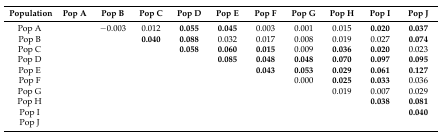
<table><thead><tr><td><b>Population</b></td><td><b>Pop A</b></td><td><b>Pop B</b></td><td><b>Pop C</b></td><td><b>Pop D</b></td><td><b>Pop E</b></td><td><b>Pop F</b></td><td><b>Pop G</b></td><td><b>Pop H</b></td><td><b>Pop I</b></td><td><b>Pop J</b></td></tr></thead><tbody><tr><td>Pop A</td><td></td><td>−0.003</td><td>0.012</td><td><b>0.055</b></td><td><b>0.045</b></td><td>0.003</td><td>0.001</td><td>0.015</td><td><b>0.020</b></td><td><b>0.037</b></td></tr><tr><td>Pop B</td><td></td><td></td><td><b>0.040</b></td><td><b>0.088</b></td><td>0.032</td><td>0.017</td><td>0.008</td><td>0.019</td><td>0.027</td><td><b>0.074</b></td></tr><tr><td>Pop C</td><td></td><td></td><td></td><td><b>0.058</b></td><td><b>0.060</b></td><td><b>0.015</b></td><td>0.009</td><td><b>0.036</b></td><td><b>0.020</b></td><td>0.023</td></tr><tr><td>Pop D</td><td></td><td></td><td></td><td></td><td><b>0.085</b></td><td><b>0.048</b></td><td><b>0.048</b></td><td><b>0.070</b></td><td><b>0.097</b></td><td><b>0.095</b></td></tr><tr><td>Pop E</td><td></td><td></td><td></td><td></td><td></td><td><b>0.043</b></td><td><b>0.053</b></td><td><b>0.029</b></td><td><b>0.061</b></td><td><b>0.127</b></td></tr><tr><td>Pop F</td><td></td><td></td><td></td><td></td><td></td><td></td><td>0.000</td><td><b>0.025</b></td><td><b>0.033</b></td><td>0.036</td></tr><tr><td>Pop G</td><td></td><td></td><td></td><td></td><td></td><td></td><td></td><td>0.019</td><td>0.007</td><td>0.029</td></tr><tr><td>Pop H</td><td></td><td></td><td></td><td></td><td></td><td></td><td></td><td></td><td><b>0.038</b></td><td><b>0.081</b></td></tr><tr><td>Pop I</td><td></td><td></td><td></td><td></td><td></td><td></td><td></td><td></td><td></td><td><b>0.040</b></td></tr><tr><td>Pop J</td><td></td><td></td><td></td><td></td><td></td><td></td><td></td><td></td><td></td><td></td></tr></tbody></table>